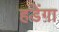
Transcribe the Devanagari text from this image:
हडेंगा